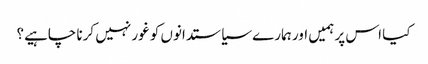
کیا اس پر ہمیں اور ہمارے سیاستدانوں کو غور نہیں کرنا چاہیے؟